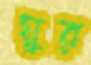
ঘুর